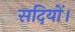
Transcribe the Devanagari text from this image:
सदियों।